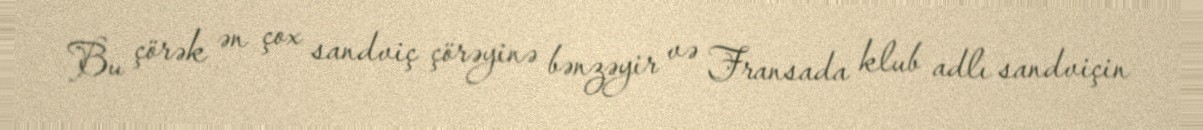
Bu çörək ən çox sandviç çörəyinə bənzəyir və Fransada klub adlı sandviçin